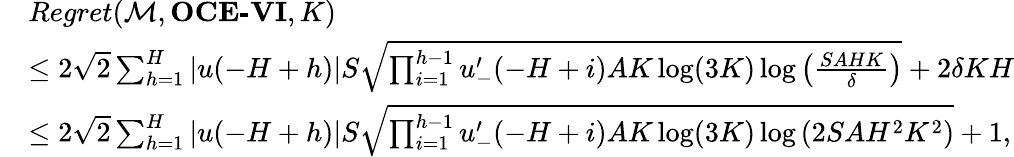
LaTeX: \begin{array}{rl}&{Regret(\mathcal{M},\textbf{OCE-VI},K)}\\ &{\leq 2\sqrt{2}\sum_{h=1}^{H}\vert u(-H+h)\vert S\sqrt{\prod_{i=1}^{h-1}u_{-}^{\prime}(-H+i)AK\log(3K)\log\left(\frac{SAHK}{\delta}\right)}+2\delta KH}\\ &{\leq 2\sqrt{2}\sum_{h=1}^{H}\vert u(-H+h)\vert S\sqrt{\prod_{i=1}^{h-1}u_{-}^{\prime}(-H+i)AK\log(3K)\log\left(2SAH^{2}K^{2}\right)}+1,}\end{array}